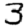
Digit: 3